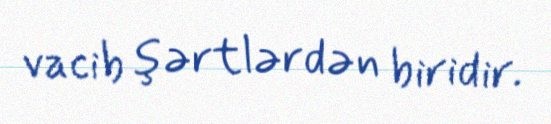
vacib şərtlərdən biridir.